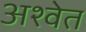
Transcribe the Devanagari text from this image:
अश्‍वेत